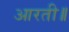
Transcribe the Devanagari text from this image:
आरती॥